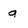
Character: g